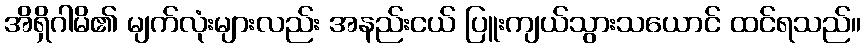
အိရှိဂါမိ၏ မျက်လုံးများလည်း အနည်းငယ် ပြူးကျယ်သွားသယောင် ထင်ရသည်။